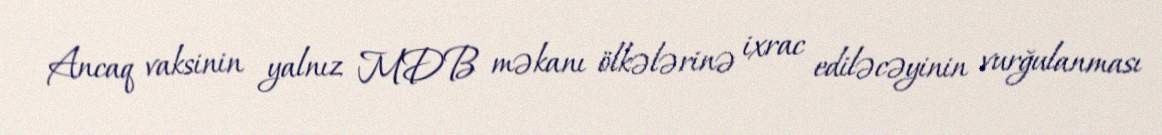
Ancaq vaksinin yalnız MDB məkanı ölkələrinə ixrac ediləcəyinin vurğulanması